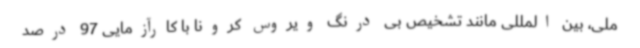
ملی، بین المللی مانند تشخیص بی درنگ ویروس کرونا با کارآزمایی 97 درصد